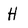
Character: H